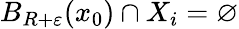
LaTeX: B_{R+\varepsilon}(x_{0})\cap X_{i}=\varnothing